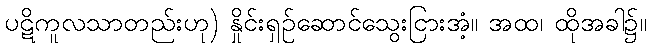
ပဋိကူလသာတည်းဟု) နှိုင်းရှဉ်ဆောင်သွေးငြားအံ့။ အထ၊ ထိုအခါ၌။